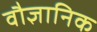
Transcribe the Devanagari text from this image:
वौज्ञानिक